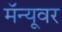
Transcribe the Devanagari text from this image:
मॅन्यूवर